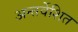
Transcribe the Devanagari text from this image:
अन्तर्वेशित